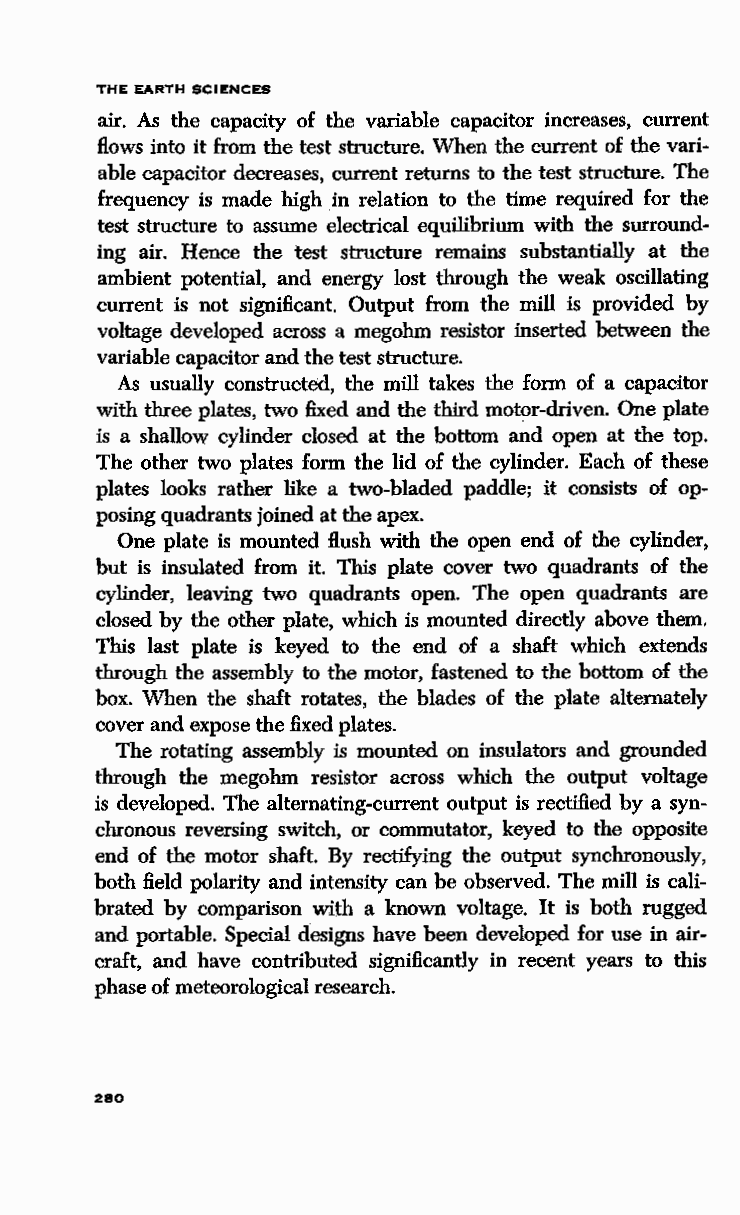
THE EARTH SCIENCES
 air. As the capacity of the variable capacitor increases, current
 flows into it from the test structure. When the current of the vari
 able capacitor decreases, current returns to the test structure. The
 frequency is made high in relation to the time required for the
 test structure to assume electrical equilibrium with the surround
 ing air. Hence the test structure remains substantially at the
 ambient potential, and energy lost through the weak oscillating
 current is not significant. Output from the mill is provided by
 voltage developed across a megohm resistor inserted between the
 variable capacitor and the test structure.
 As usually constructed, the mill takes the form of a capacitor
 with three plates, two fixed and the third motor-driven. One plate
 is a shallow cylinder closed at the bottom and open at the top.
 The other two plates form the lid of the cylinder. Each of these
 plates looks rather like a two-bladed paddle; it consists of op
 posing quadrants joined at the apex.
 One plate is mounted flush with the open end of the cylinder,
 but is insulated from it. This plate cover two quadrants of the
 cylinder, leaving two quadrants open. The open quadrants are
 closed by the other plate, which is mounted directly above them.
 This last plate is keyed to the end of a shaft which extends
 through the assembly to the motor, fastened to the bottom of the
 box. When the shaft rotates, the blades of the plate alternately
 cover and expose the fixed plates.
 The rotating assembly is mounted on insulators and grounded
 through the megohm resistor across which the output voltage
 is developed. The alternating-current output is rectified by a syn
 chronous reversing switch, or commutator, keyed to the opposite
 end of the motor shaft. By rectifying the output synchronously,
 both field polarity and intensity can be observed. The mill is cali
 brated by comparison with a known voltage. It is both rugged
 and portable. Special designs have been developed for use in air
 craft, and have contributed significantly in recent years to this
 phase of meteorological research.
 2SO